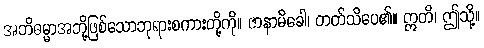
အဘိဓမ္မာအဘို့ဖြစ်သောဘုရားစကားတို့ကို။ ဇာနာမိခေါ၊ တတ်သိပေ၏။ ဣတိ၊ ဤသို့။